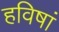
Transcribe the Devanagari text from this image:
हविषां